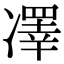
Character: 凙